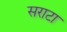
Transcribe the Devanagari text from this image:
सराटा